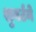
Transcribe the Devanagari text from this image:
शुबर्टने